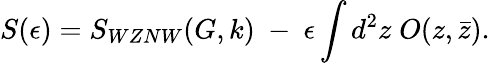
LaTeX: S(\epsilon)=S_{WZNW}(G,k)~-~\epsilon\int d^{2}z\; O(z,\bar{z}).